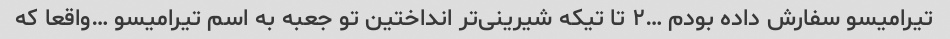
تیرامیسو سفارش داده بودم …٢ تا تیکه شیرینی‌تر انداختین تو جعبه به اسم تیرامیسو …واقعا که